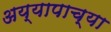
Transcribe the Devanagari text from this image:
अय्यापाच्या